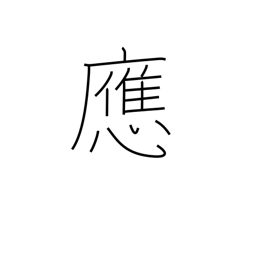
Meaning: reply